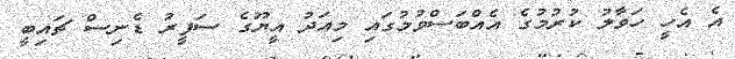
އެ އެހީ ހަވާލު ކުރުމުގެ އެއްބަސްވުމުގައި މިއަދު އީޔޫގެ ސަފީރު ޑެނިސް ޗައިބީ